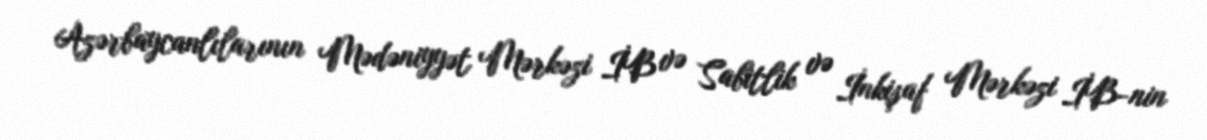
Azərbaycanlılarının Mədəniyyət Mərkəzi İB və Sabitlik və İnkişaf Mərkəzi İB-nin